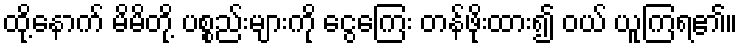
ထို့နောက် မိမိတို့ ပစ္စည်းများကို ငွေကြေး တန်ဖိုးထား၍ ဝယ် ယူကြရ၏။